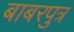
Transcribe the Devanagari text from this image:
बाबरपुत्र